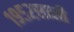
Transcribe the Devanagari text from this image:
१९५२साली